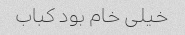
خیلی خام بود کباب